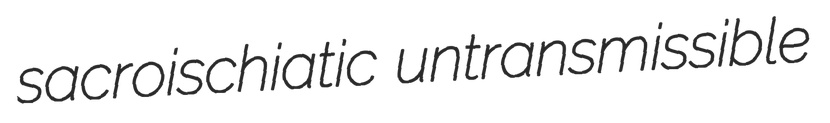
sacroischiatic untransmissible